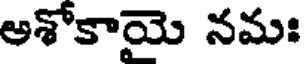
అశోకాయై నమః